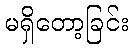
မရှိတော့ခြင်း